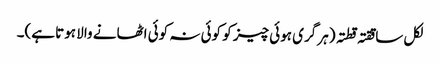
لکل ساققتہ قطتہ (ہر گری ہوئی چیز کو کوئی نہ کوئی اٹھانے والا ہوتا ہے)۔